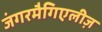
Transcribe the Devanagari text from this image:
जंगरमैगिएलीज़